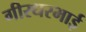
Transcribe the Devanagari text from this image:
गीरधरभाई